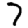
Digit: 7